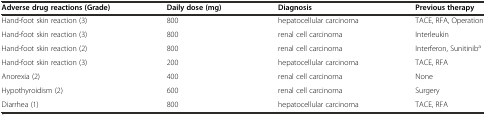
| Adverse drug reactions (Grade) | Daily dose (mg) | Diagnosis | Previous therapy |
 | --- | --- | --- | --- |
 | Hand-foot skin reaction (3) | 800 | hepatocellular carcinoma | TACE, RFA, Operation |
 | Hand-foot skin reaction (3) | 800 | renal cell carcinoma | Interleukin |
 | Hand-foot skin reaction (2) | 800 | renal cell carcinoma | Interferon, Sunitiniba |
 | Hand-foot skin reaction (3) | 200 | hepatocellular carcinoma | TACE, RFA |
 | Anorexia (2) | 400 | renal cell carcinoma | None |
 | Hypothyroidism (2) | 600 | renal cell carcinoma | Surgery |
 | Diarrhea (1) | 800 | hepatocellular carcinoma | TACE, RFA |